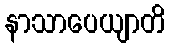
နာသာပေယျာတိ